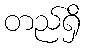
တည်ရှိ